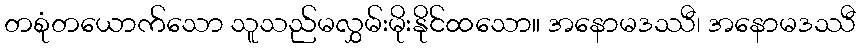
တစုံတယောက်သော သူသည်မလွှမ်းမိုးနိုင်ထသော။ အနောမဒဿီ၊ အနောမဒဿီ